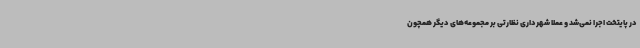
در پایتخت اجرا نمی‌شد و عملا شهرداری نظارتی بر مجموعه‌های دیگر همچون